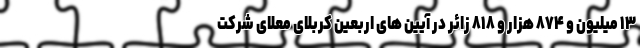
۱۳ میلیون و ۸۷۴ هزار و ۸۱۸ زائر در آیین های اربعین کربلای معلای شرکت